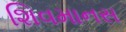
શિવમાનસ